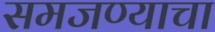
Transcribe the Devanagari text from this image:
समजण्याचा